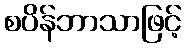
စပိန်ဘာသာဖြင့်